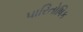
પારિતોષિક